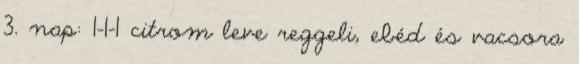
3. nap: 1-1-1 citrom leve reggeli, ebéd és vacsora